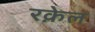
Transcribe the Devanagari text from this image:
रक़ेल